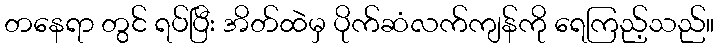
တနေရာ တွင် ရပ်ပြီး အိတ်ထဲမှ ပိုက်ဆံလက်ကျန်ကို ရေကြည့်သည်။